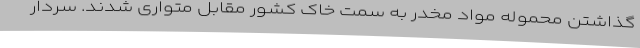
گذاشتن محموله مواد مخدر به سمت خاک کشور مقابل متواری شدند. سردار